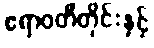
ဧရာဝတီတိုင်းနှင့်